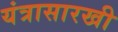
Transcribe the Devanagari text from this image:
यंत्रासारखी